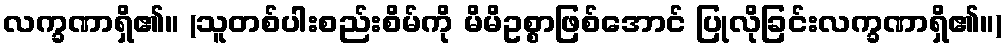
လက္ခဏာရှိ၏။ (သူတစ်ပါးစည်းစိမ်ကို မိမိဥစ္စာဖြစ်အောင် ပြုလိုခြင်းလက္ခဏာရှိ၏။)